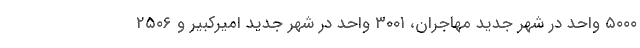
۵۰۰۰ واحد در شهر جدید مهاجران، ۳۰۰۱ واحد در شهر جدید امیرکبیر و ۲۵۰۶